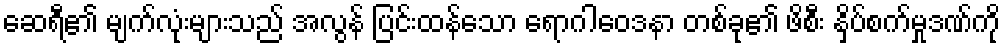
ဆေရီ၏ မျက်လုံးများသည် အလွန် ပြင်းထန်သော ရောဂါဝေဒနာ တစ်ခု၏ ဖိစီး နှိပ်စက်မှုဒဏ်ကို